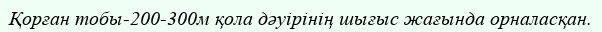
Қорған тобы-200-300м қола дәуірінің шығыс жағында орналасқан.